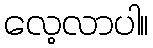
လေ့လာပါ။